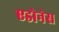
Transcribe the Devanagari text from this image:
एडोनेस